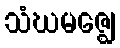
သံဃမဇ္ဈေ